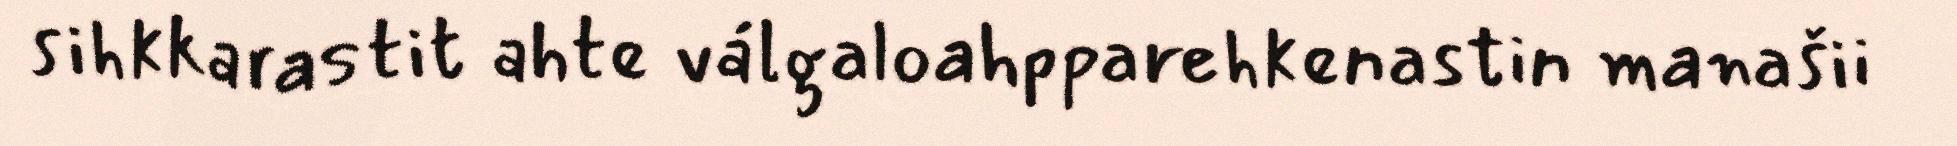
sihkkarastit ahte válgaloahpparehkenastin manašii